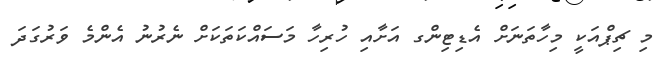
މި ޗިޕްއަކީ މިހާތަނަށް އެޑިޓިންގ އަށާއި ހުރިހާ މަސަައްކަތަކަށް ނެރުނު އެންމެ ވަރުގަދަ